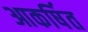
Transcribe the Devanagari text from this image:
आकर्षित